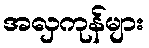
အလှကုန်များ